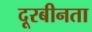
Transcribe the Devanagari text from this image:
दूरबीनता